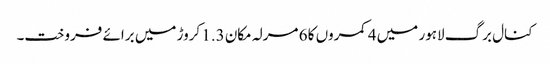
کنال برگ لاہور میں 4 کمروں کا 6 مرلہ مکان 1.3 کروڑ میں برائے فروخت۔